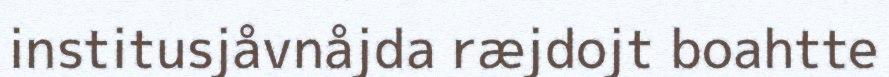
institusjåvnåjda ræjdojt boahtte